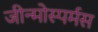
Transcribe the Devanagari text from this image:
जीन्मोस्पर्मस